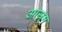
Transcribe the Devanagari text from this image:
आस्र्म